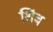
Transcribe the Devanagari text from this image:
शिंब